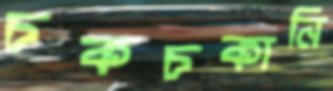
চকচকানি